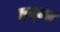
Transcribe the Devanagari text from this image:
हब्ब्ल